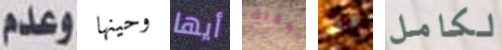
وعدم وحينها أيها يمكنك لو لكامل